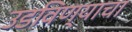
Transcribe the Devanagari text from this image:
उडविण्याचा